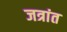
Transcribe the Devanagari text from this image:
जत्रांत